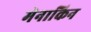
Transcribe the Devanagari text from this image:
मेनाकिन